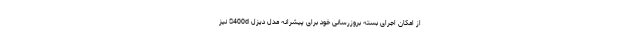
از امکان اجرای بسته بروزرسانی خود برای پیشرانه مدل دیزل S400d نیز